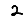
Digit: 2